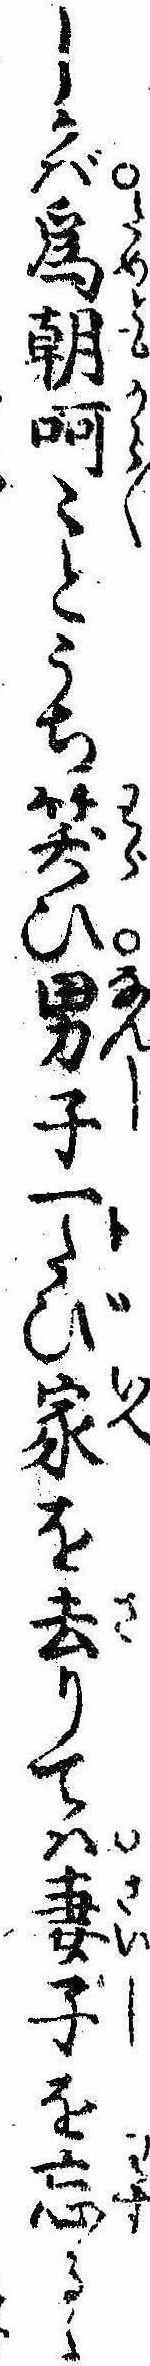
しかば為朝呵〻とうち笑ひ男子一トたび家を去りては妻子を忘るゝ